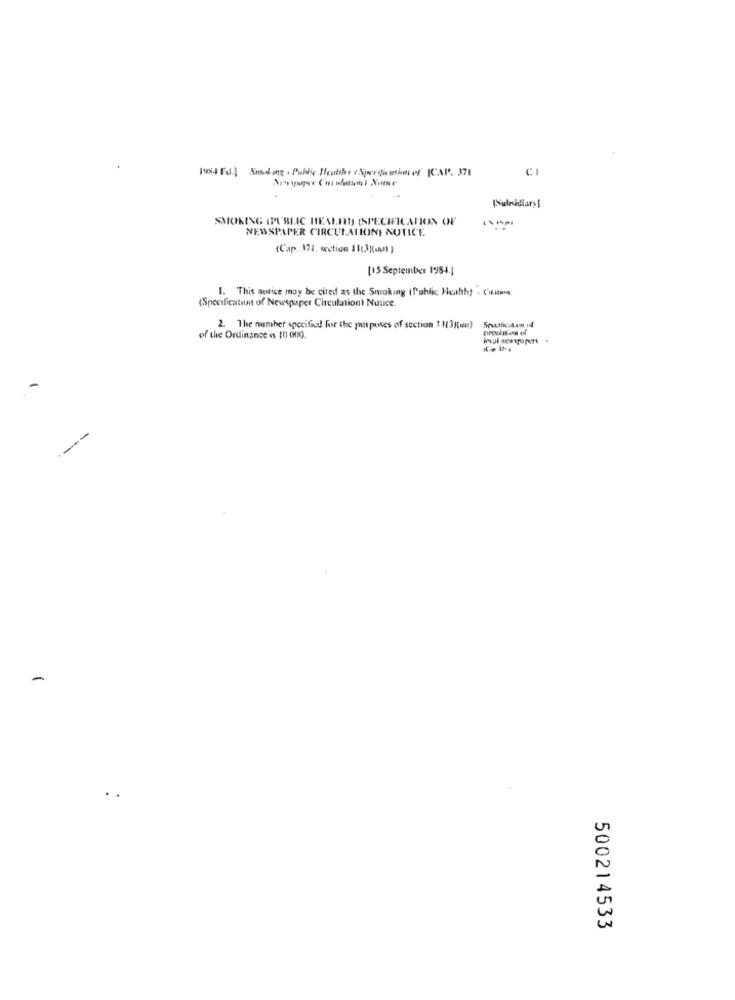
1454 Ed.] Soaking . Public Healths & Sperificention of |CAP. 371
CI
SMOKING IPUBLIC HEALTH (SPECIFICATION OF
NEWSPAPER CIRCULATIONI NOTICE
(Cap. 371. section 11[3](-) )
[15 September 19984.]
1. This notice may be cited as the Smoking (fabi Heath). Can
(Specification of Newspaper Circulation) Notice.
2. The number specified for the jamposes of section 1[3(a)
of the Ordinance is to 000.
---
500214533